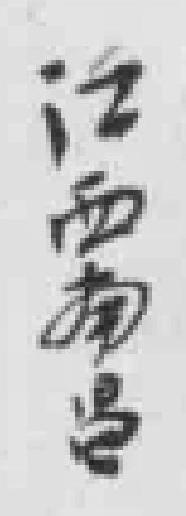
江西南昌